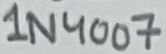
Text: 1N4007